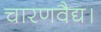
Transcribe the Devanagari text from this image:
चारणवैद्य।